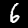
Label: 6